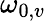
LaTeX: \omega_{0,v}